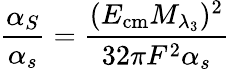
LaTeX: \frac{\alpha_{S}}{\alpha_{s}}=\frac{(E_{\mathrm{cm}}M_{\lambda_{3}})^{2}}{32\pi F^{2}\alpha_{s}}